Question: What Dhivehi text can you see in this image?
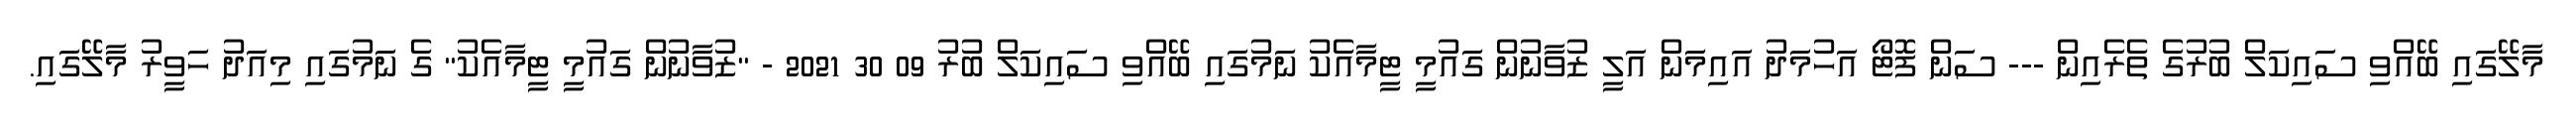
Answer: މާލޭގައި ބޭއްވި ސައިކަލް ބުރުގެ ތެރެއިން --- ސަން ފޮޓޯ އަހުމަދު އައިމަން އަލީ ޒުވާނުން ގައުމީ ޓީމާއެކު ނަމުގައި ބޭއްވި ސައިކަލް ބުރު 09 30 2021 - "ޒުވާނުން ގައުމީ ޓީމާއެކު" ގެ ނަމުގައި މިއަދު ހަވީރު މާލޭގައި.